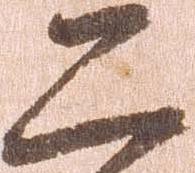
二